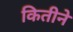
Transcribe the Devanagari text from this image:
कितीने